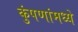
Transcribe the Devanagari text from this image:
कुंपणांमध्ये